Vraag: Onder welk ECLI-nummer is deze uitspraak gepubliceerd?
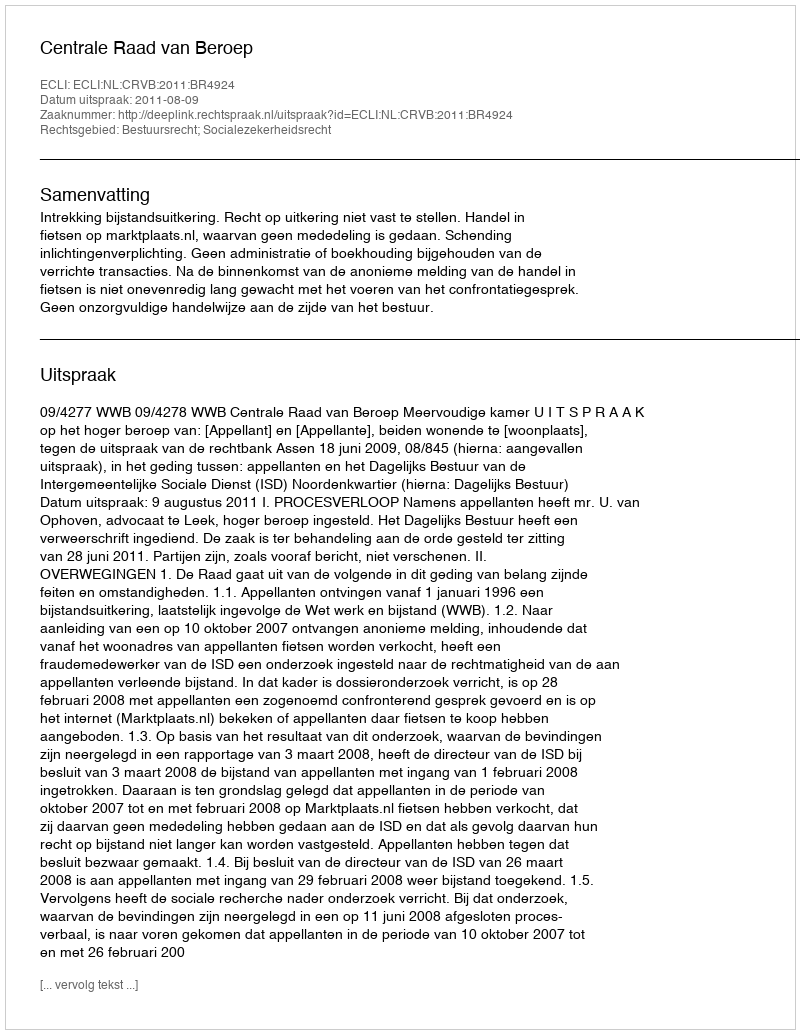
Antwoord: ECLI:NL:CRVB:2011:BR4924